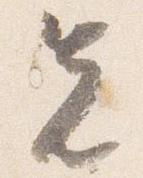
先